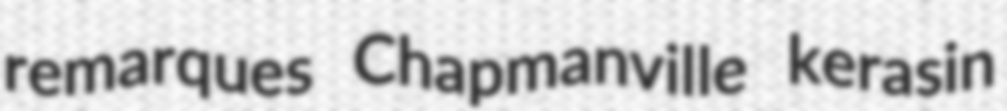
remarques Chapmanville kerasin